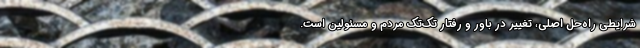
شرایطی راه‌حل اصلی، تغییر در باور و رفتار تک‌تک مردم و مسئولین است.